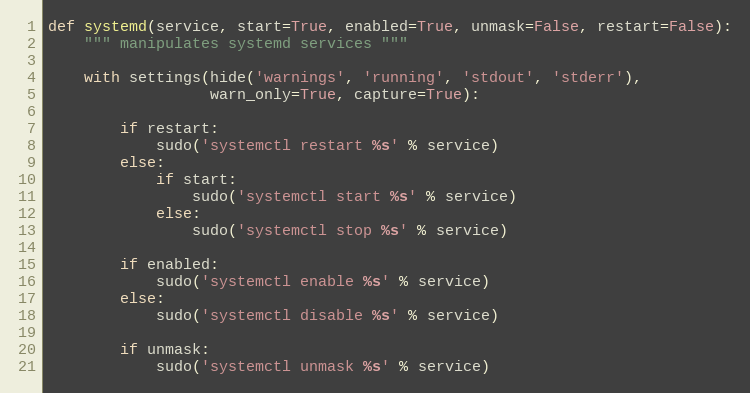
Language: Python
def systemd(service, start=True, enabled=True, unmask=False, restart=False):
    """ manipulates systemd services """

    with settings(hide('warnings', 'running', 'stdout', 'stderr'),
                  warn_only=True, capture=True):

        if restart:
            sudo('systemctl restart %s' % service)
        else:
            if start:
                sudo('systemctl start %s' % service)
            else:
                sudo('systemctl stop %s' % service)

        if enabled:
            sudo('systemctl enable %s' % service)
        else:
            sudo('systemctl disable %s' % service)

        if unmask:
            sudo('systemctl unmask %s' % service)